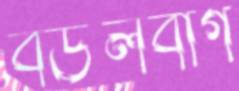
বউলবাগ